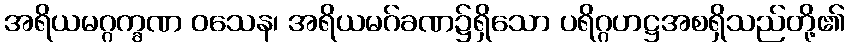
အရိယမဂ္ဂက္ခဏ ဝသေန၊ အရိယမဂ်ခဏ၌ရှိသော ပရိဂ္ဂဟဋ္ဌအစရှိသည်တို့၏